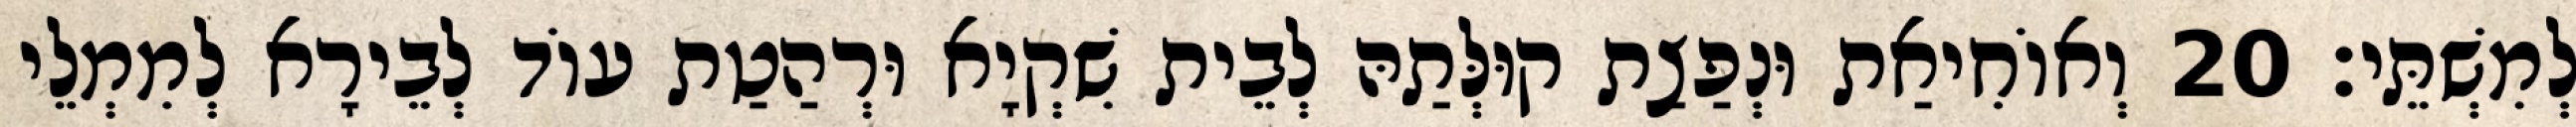
לְמִשְׁתֵּי׃ 20 וְאוֹחִיאַת וּנְפַצַת קוּלְּתַהּ לְבֵית שִׁקְיָא וּרְהַטַת עוֹד לְבֵירָא לְמִמְלֵי